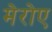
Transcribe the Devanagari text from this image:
मेरोए